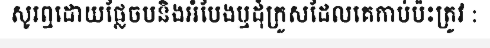
សូរឮដោយផ្លែចបនិងអំបែងឬដុំក្រួសដែលគេកាប់ប៉ះត្រូវ :